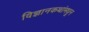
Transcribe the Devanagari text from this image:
विज्ञानकथांमधून